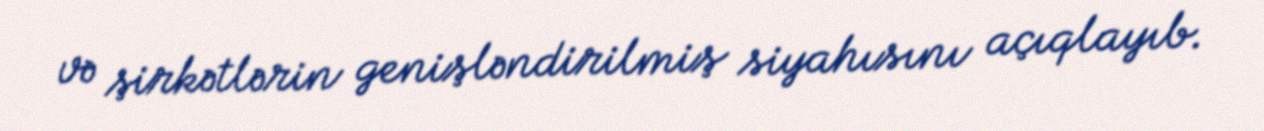
və şirkətlərin genişləndirilmiş siyahısını açıqlayıb.